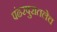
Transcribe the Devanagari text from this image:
पंढरपुरातलेच